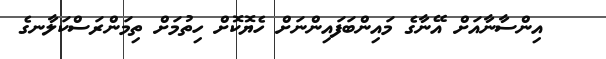
އިންސާނާއަށް އޭނާގެ މައިންބަފައިންނަށް ހެޔޮކޮށް ހިތުމަށް ތިމަންރަސްކަލާނގެ